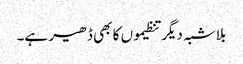
بلاشبہ دیگر تنظیموں کا بھی ڈھیر ہے۔